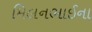
મિલનભાઈના